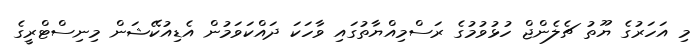
މި އަހަރުގެ ޔޫތު ޗެލެންޖް ހުޅުވުމުގެ ރަސްމިއްޔާތުގައި ވާހަކަ ދައްކަވަމުން އެޑިއުކޭޝަން މިނިސްޓްރީގެ